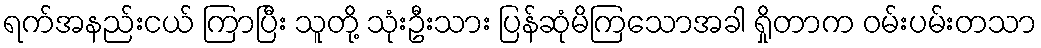
ရက်အနည်းငယ် ကြာပြီး သူတို့ သုံးဦးသား ပြန်ဆုံမိကြသောအခါ ရှိုတာက ဝမ်းပမ်းတသာ